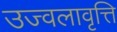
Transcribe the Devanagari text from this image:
उज्वलावृत्ति